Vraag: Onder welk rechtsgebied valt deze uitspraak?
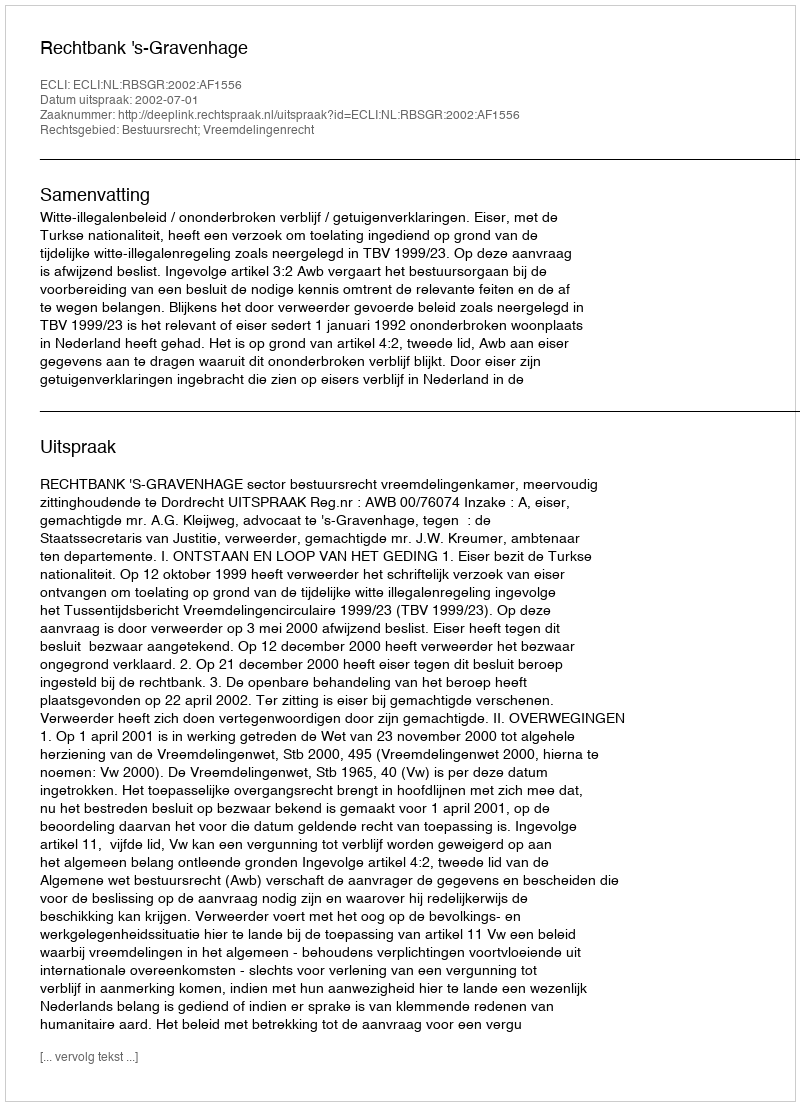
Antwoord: Bestuursrecht; Vreemdelingenrecht